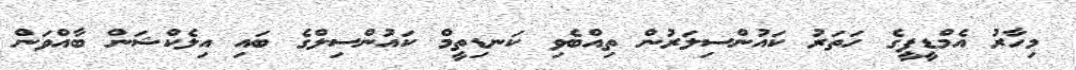
މިހާރު އެމްޑީޕީގެ ހަތަރު ކައުންސިލަރުން ތިއްބެވި ކަނޑިތީމް ކައުންސިލްގެ ބައި އިލެކްޝަން ބާއްވަން